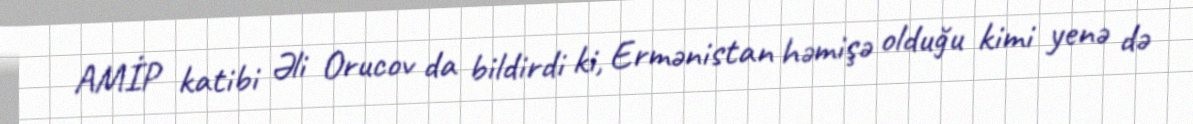
AMİP katibi Əli Orucov da bildirdi ki, Ermənistan həmişə olduğu kimi yenə də